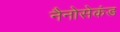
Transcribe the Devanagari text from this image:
नैनोसेकंड